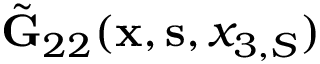
\tilde { \bf G } _ { 2 2 } ( { \bf x } , { \bf s } , x _ { 3 , S } )